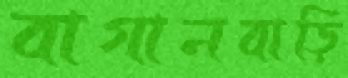
বাগানবাড়ি